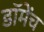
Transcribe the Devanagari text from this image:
डॉमेंच